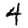
Digit: 4